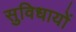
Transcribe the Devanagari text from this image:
सुविधायों